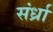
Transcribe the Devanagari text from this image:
संर्ध्रा